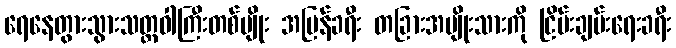
ရေနေတွားသွားသတ္တဝါကြီးတစ်မျိုး အပြန်ခရီး တခြားအမျိုးသားကို ငြိမ်းချမ်းရေးခရီး